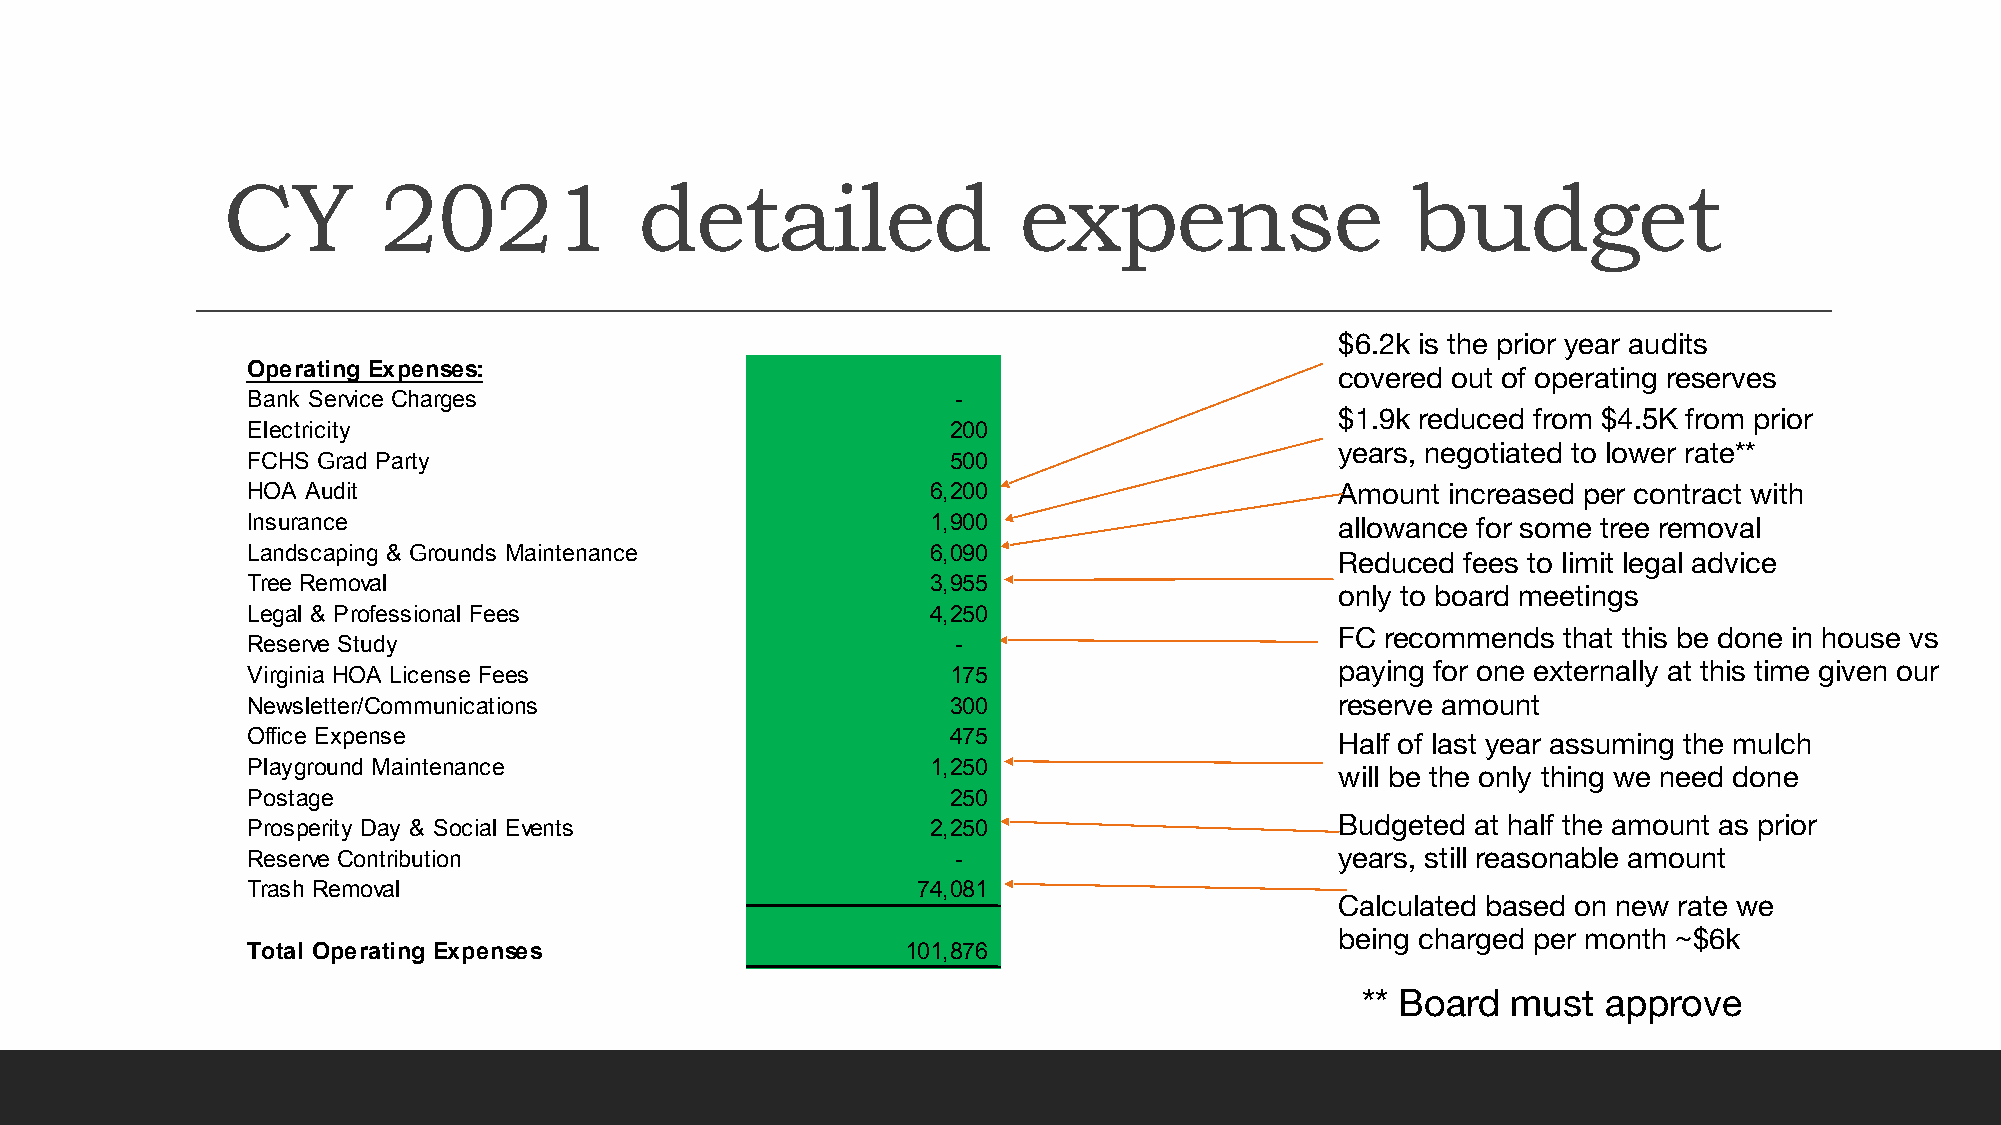
CY        2021             detailed                 expense                   budget
 $6.2k is the prior year audits
 Operating Expenses:
 covered out of operating reserves
 Bank Service Charges                           -
 $1.9k reduced from $4.5K from prior
 Electricity                                    200
 years, negotiated to lower rate**
 FCHS Grad Party                                500
 HOA Audit                                     6,200                      Amount increased per contract with
 Insurance                                     1,900                      allowance for some tree removal
 Landscaping & Grounds Maintenance             6,090
 Reduced fees to limit legal advice
 Tree Removal                                  3,955
 only to board meetings
 Legal & Professional Fees                     4,250
 FC recommends that this be done in house vs
 Reserve Study                                  -
 Virginia HOA License Fees                      175                       paying for one externally at this time given our
 Newsletter/Communications                      300                       reserve amount
 Office Expense                                 475                       Half of last year assuming the mulch
 Playground Maintenance                        1,250
 will be the only thing we need done
 Postage                                        250
 Prosperity Day & Social Events                2,250                      Budgeted at half the amount as prior
 Reserve Contribution                           -                         years, still reasonable amount
 Trash Removal                                7 4,081
 Calculated based on new rate we
 being charged per month ~$6k
 Total Operating Expenses                    101,876
 ** Board  must  approve